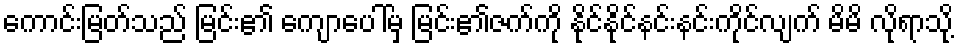
ကောင်းမြတ်သည် မြင်း၏ ကျောပေါ်မှ မြင်း၏ဇက်ကို နိုင်နိုင်နင်းနင်းကိုင်လျက် မိမိ လိုရာသို့